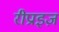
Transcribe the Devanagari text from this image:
रीप्राइज़